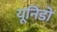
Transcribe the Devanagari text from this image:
यूनिडो